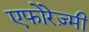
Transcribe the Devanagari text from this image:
एफोरेज़्मी